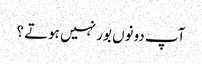
آپ دونوں بور نہیں ہوتے ؟